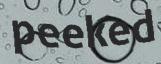
peeked